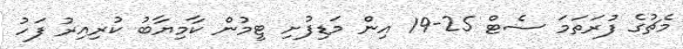
މެޗުގެ ފުރަތަމަ ސެޓް 25-19 އިން މަޑިފުށި ޓީމުން ކާމިޔާބު ކުރިއިރު ފަހު